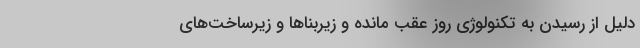
دلیل از رسیدن به تکنولوژی روز عقب مانده‌ و زیربناها و زیرساخت‌های